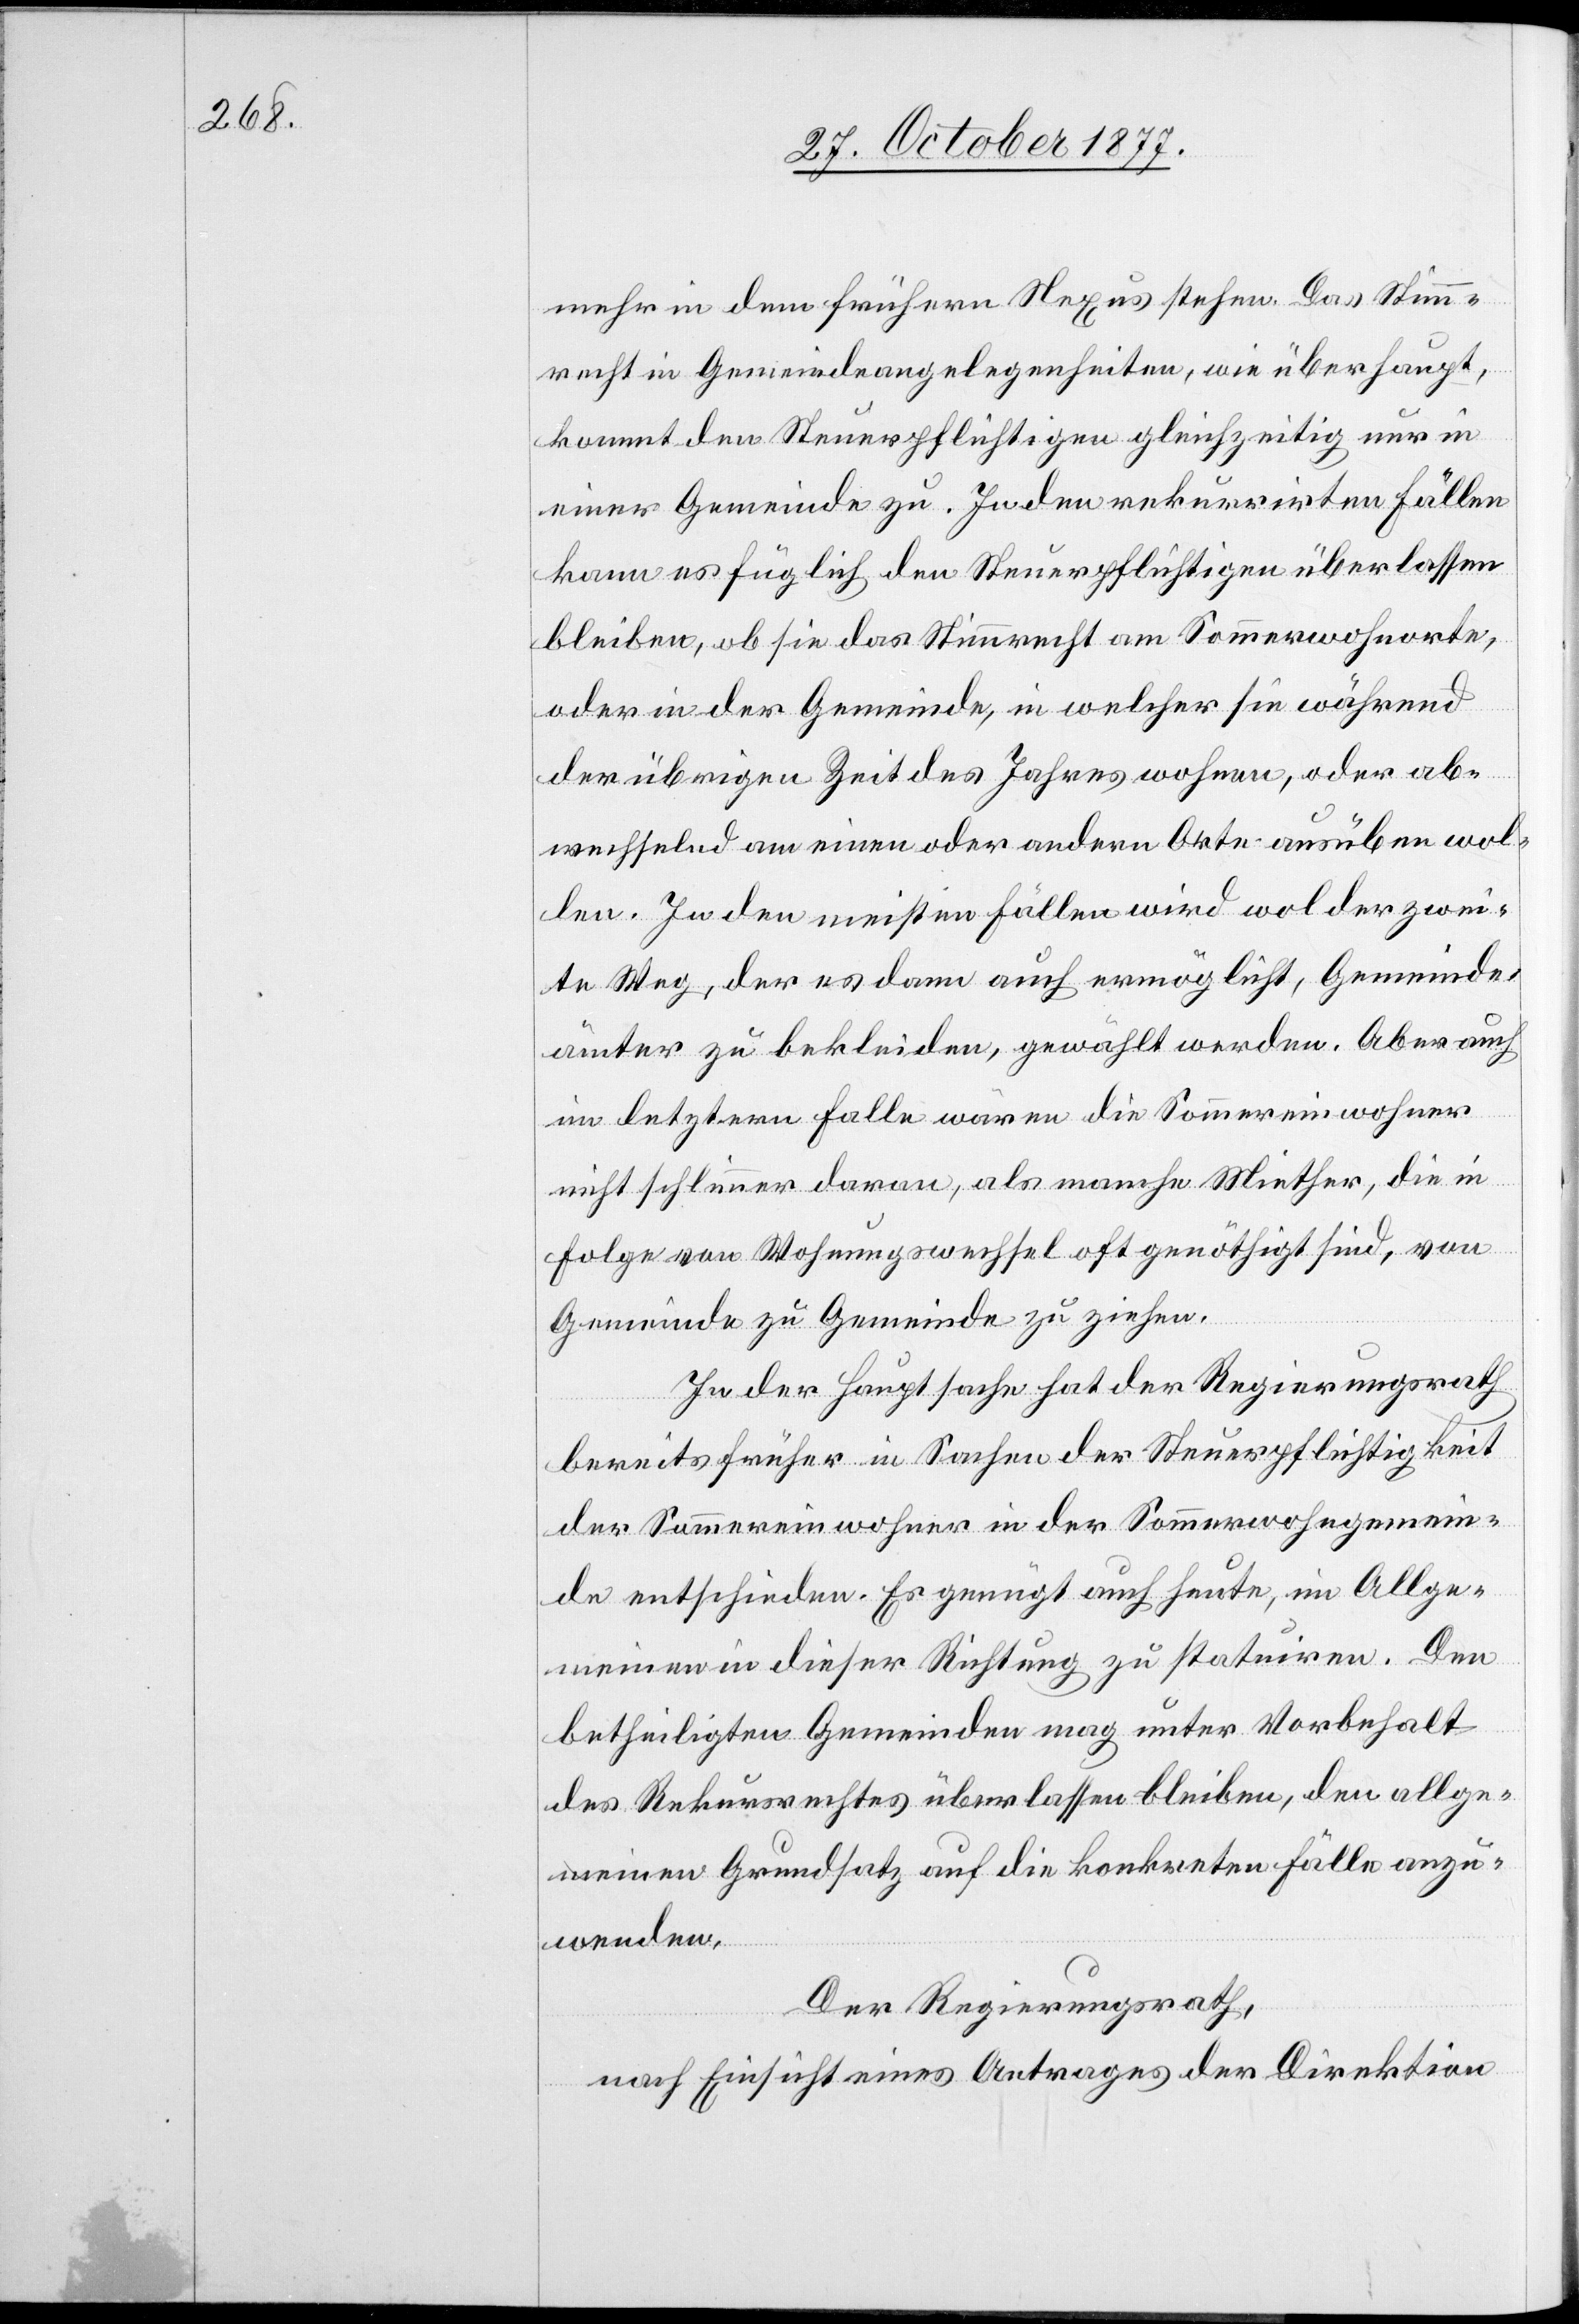
mehr in dem frühern Nexus stehen. Das Stimm¬
recht in Gemeindeangelegenheiten, wie überhaupt,
kommt den Steuerpflichtigen gleichzeitig nur in
einer Gemeinde zu. In den rekurrirten Fällen
kann es füglich den Steuerpflichtigen überlassen
bleiben, ob sie das Stimmrecht am Sommerwohnorte,
oder in der Gemeinde, in welcher sie während
der übrigen Zeit des Jahres wohnen, oder ab¬
wechselnd am einen oder andern Orte ausüben wol¬
len. In den meisten Fällen wird wol der zwei¬
te Weg, der es dann auch ermöglicht, Gemeinde¬
ämter zu bekleiden, gewählt werden. Aber auch
im letztern Falle wären die Sommereinwohner
nicht schlimmer daran, als manche Miether, die in
Folge von Wohnungswechsel oft genöthigt sind, von
Gemeinde zu Gemeinde zu ziehen.
In der Hauptsache hat der Regierungsrath
bereits früher in Sachen der Steuerpflichtigkeit
der Sommereinwohner in der Sommerwohngemein¬
de entschieden. Es genügt auch heute, im Allge¬
meinen in dieser Richtung zu statuiren. Den
betheiligten Gemeinden mag unter Vorbehalt
des Rekursrechtes überlassen bleiben, den allge¬
meinen Grundsatz auf die konkreten Fälle anzu¬
wenden.
Der Regierungsrath,
nach Einsicht eines Antrages der Direktion